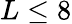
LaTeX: L\leq 8